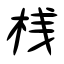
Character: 桟